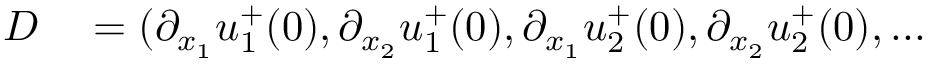
\begin{array} { r l } { D } & { { } = ( \partial _ { x _ { 1 } } u _ { 1 } ^ { + } ( 0 ) , \partial _ { x _ { 2 } } u _ { 1 } ^ { + } ( 0 ) , \partial _ { x _ { 1 } } u _ { 2 } ^ { + } ( 0 ) , \partial _ { x _ { 2 } } u _ { 2 } ^ { + } ( 0 ) , . . . } \end{array}